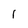
Character: 1